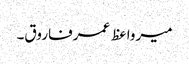
میرواعظ عمرفاروق۔